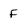
Character: f